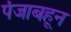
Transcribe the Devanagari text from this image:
पंजाबहून